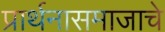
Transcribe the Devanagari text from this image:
प्रार्थनासमाजाचे